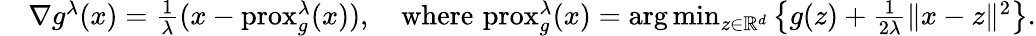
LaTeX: \begin{array}{rl}&{\nabla g^{\lambda}(x)=\frac{1}{\lambda}(x-\mathrm{prox}_{g}^{\lambda}(x)),\quad\textnormal{where}\, \, \mathrm{prox}_{g}^{\lambda}(x)=\arg\operatorname*{min}_{z\in\mathbb{R}^{d}}\left\{ g(z)+\frac{1}{2\lambda}\lVert x-z\rVert^{2}\right\} .}\end{array}